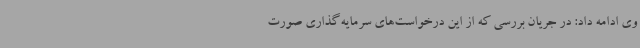
وی ادامه داد: در جریان بررسی که از این درخواست‌های سرمایه‌گذاری صورت